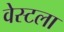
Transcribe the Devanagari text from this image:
वेस्टला